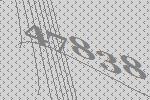
47838